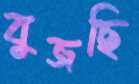
বুজছি